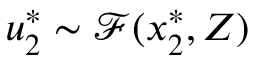
\displaystyle u _ { 2 } ^ { * } \sim \mathcal { F } ( \boldsymbol { x } _ { 2 } ^ { * } , Z )